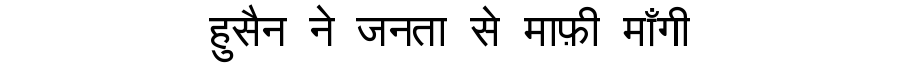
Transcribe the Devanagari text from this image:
हुसैन ने जनता से माफ़ी माँगी